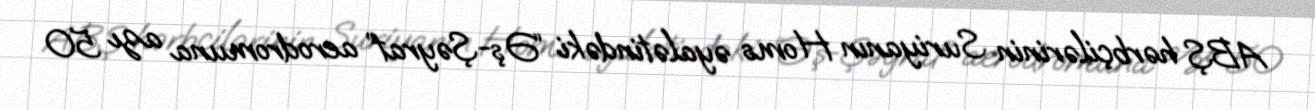
ABŞ hərbçilərinin Suriyanın Homs əyalətindəki “Əş-Şəyrat” aerodromuna azı 50